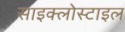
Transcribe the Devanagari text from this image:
साइक्लोस्टाइल